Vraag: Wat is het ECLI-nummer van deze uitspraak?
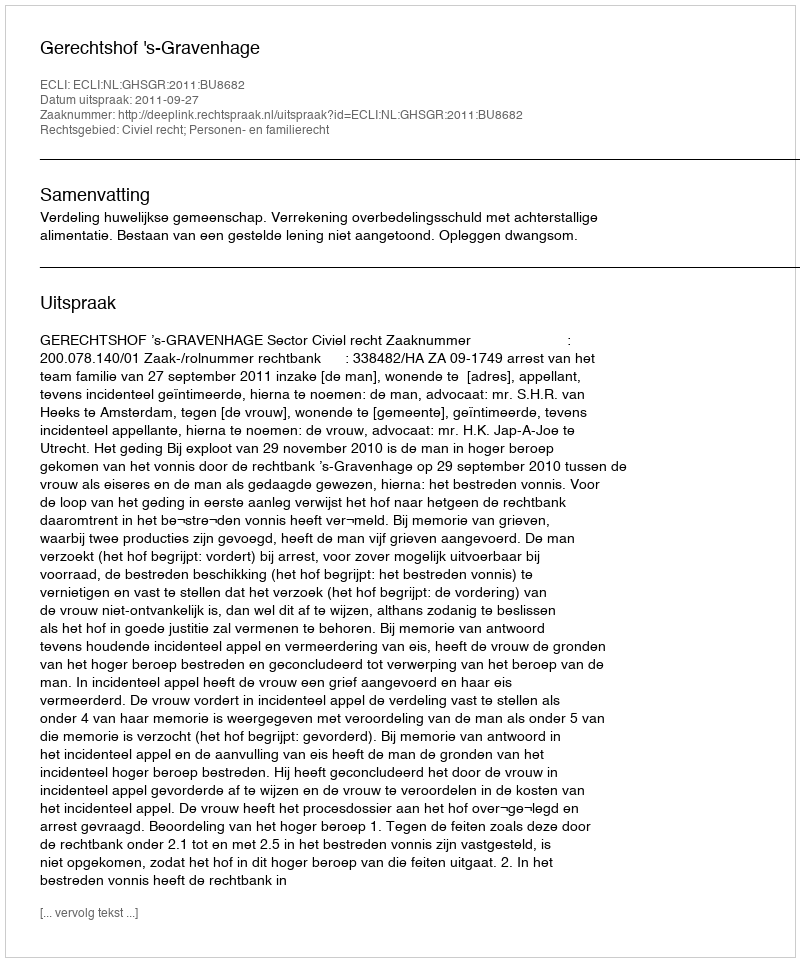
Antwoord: ECLI:NL:GHSGR:2011:BU8682